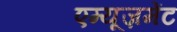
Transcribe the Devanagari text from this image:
एम्यूज़मेंट